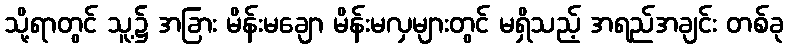
သို့ရာတွင် သူ့၌ အခြား မိန်းမချော မိန်းမလှများတွင် မရှိသည့် အရည်အချင်း တစ်ခု